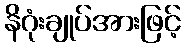
နိဂုံးချုပ်အားဖြင့်